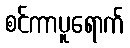
စင်ကာပူရောက်